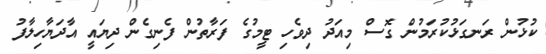
ކުޅުން ރަނގަޅުކުރަމުން ގޮސް މިއަދު ދިވެހި ޓީމުގެ ފަރާތުން ފެނިގެން ދިޔައީ އާދަޔާހިލާފު